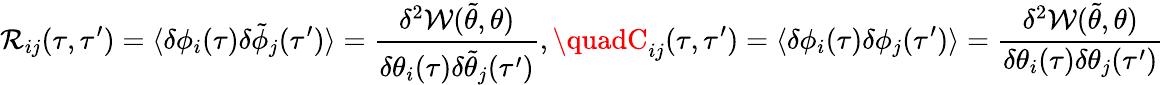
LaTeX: \mathcal{R}_{ij}(\tau,\tau^{\prime})=\langle\delta\phi_{i}(\tau)\delta\tilde{{\phi}}_{j}(\tau^{\prime})\rangle=\frac{{\delta^{2}\mathcal{{W}}(\tilde{{\theta}},\theta)}}{{\delta\theta_{i}(\tau)\delta\tilde{{\theta}}_{j}(\tau^{\prime})}},\quadC_{ij}(\tau,\tau^{\prime})=\langle\delta\phi_{i}(\tau)\delta\phi_{j}(\tau^{\prime})\rangle=\frac{{\delta^{2}\mathcal{{W}}(\tilde{{\theta}},\theta)}}{{\delta\theta_{i}(\tau)\delta\theta_{j}(\tau^{\prime})}}